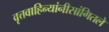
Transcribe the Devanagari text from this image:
वृत्तवाहिन्यांनीसांगितले